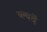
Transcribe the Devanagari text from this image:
ब्ल्यदें